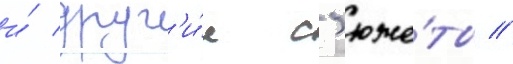
и́ друг'и́е с'юже́ты //